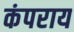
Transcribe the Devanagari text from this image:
कंपराय